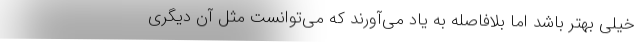
خیلی بهتر باشد اما بلافاصله به یاد می‌آورند که می‌توانست مثل آن دیگری